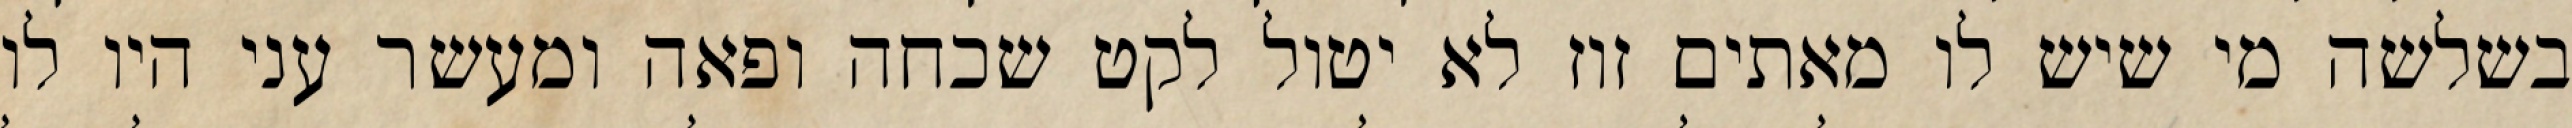
בשלשה מי שיש לו מאתים זוז לא יטול לקט שכחה ופאה ומעשר עני היו לו